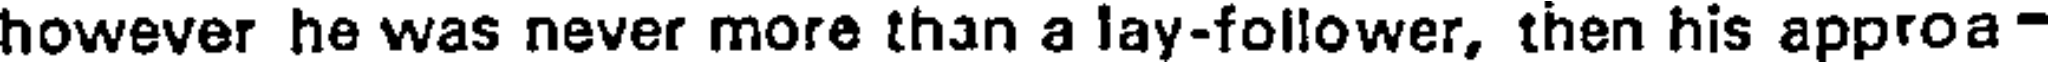
however he was never more than a lay-follower, then his approa-